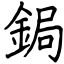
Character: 鋦